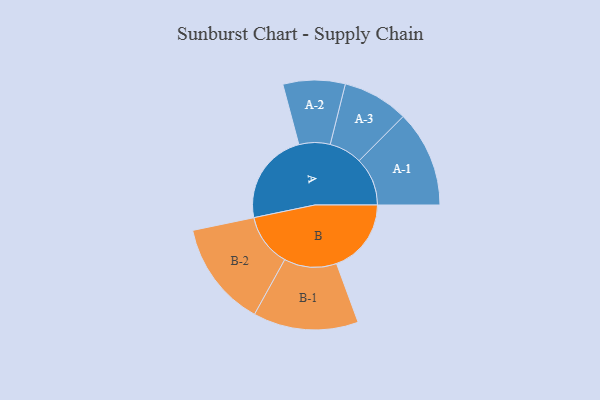
{"axis": {"x": "Segment", "y": "Value"}, "legend": ["", "A", "B"], "data": [{"x": "A", "y": 496, "type": ""}, {"x": "B", "y": 399, "type": ""}, {"x": "A-1", "y": 258, "type": "A"}, {"x": "A-2", "y": 166, "type": "A"}, {"x": "A-3", "y": 176, "type": "A"}, {"x": "B-1", "y": 281, "type": "B"}, {"x": "B-2", "y": 282, "type": "B"}]}